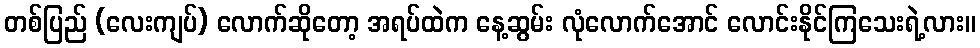
တစ်ပြည် (လေးကျပ်) လောက်ဆိုတော့ အရပ်ထဲက နေ့ဆွမ်း လုံလောက်အောင် လောင်းနိုင်ကြသေးရဲ့လား။